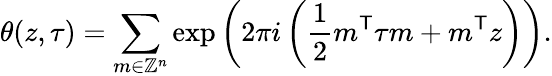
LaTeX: \theta(z,\tau)=\sum_{m\in\mathbb{Z}^{n}}\exp\left(2\pi i\left({\frac{1}{2}}m^{\mathsf{T}}\tau m+m^{\mathsf{T}}z\right)\right).